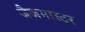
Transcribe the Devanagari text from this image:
जैजमास्टर